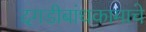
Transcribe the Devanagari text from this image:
दगडीबांधकामाचे